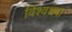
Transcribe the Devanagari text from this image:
विश्वश्रवा